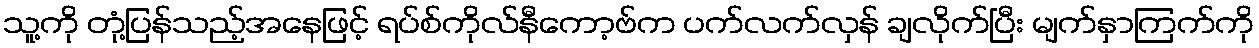
သူ့ကို တုံ့ပြန်သည့်အနေဖြင့် ရပ်စ်ကိုလ်နီကော့ဗ်က ပက်လက်လှန် ချလိုက်ပြီး မျက်နှာကြက်ကို